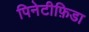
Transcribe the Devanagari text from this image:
पिनेटीफ़िडा